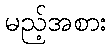
မည့်အစား